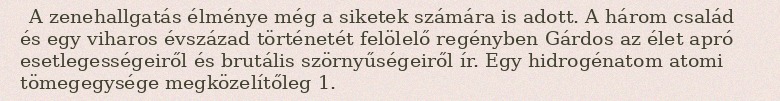
A zenehallgatás élménye még a siketek számára is adott. A három család és egy viharos évszázad történetét felölelő regényben Gárdos az élet apró esetlegességeiről és brutális szörnyűségeiről ír. Egy hidrogénatom atomi tömegegysége megközelítőleg 1.